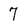
Character: 7